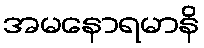
အမနောရမာနိ